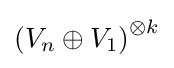
\left(V_{n}\oplus V_{1}\right)^{\otimes k}